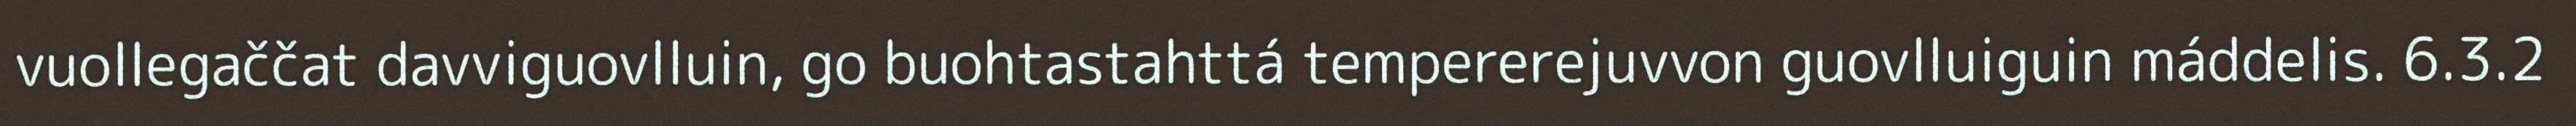
vuollegaččat davviguovlluin, go buohtastahttá tempererejuvvon guovlluiguin máddelis. 6.3.2